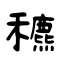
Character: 穮